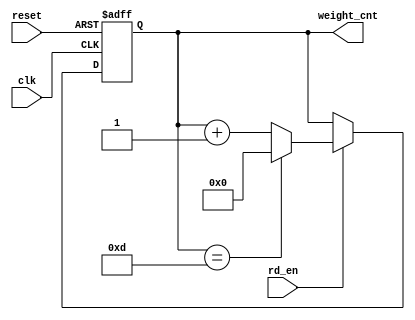
`timescale 1ns / 1ps
//////////////////////////////////////////////////////////////////////////////////
// Company: 
// Engineer: 
// 
// Design Name: 
// Module Name: Choose2_count
// Project Name: 
// Target Devices: 
// Tool Versions: 
// Description: 
// 
// Dependencies: 
// 
// Revision:
// Revision 0.01 - File Created
// Additional Comments:
// 
//////////////////////////////////////////////////////////////////////////////////


module Choose2_count(clk, reset, rd_en, weight_cnt );

parameter MEM_SIZE = 10;//memory size
parameter MEM_ADDR = 4;//memory address size
parameter OUTPUT_NUM = 14;

input clk, reset;
input rd_en;

output reg [MEM_ADDR-1:0] weight_cnt;

always @ (posedge clk or negedge reset)
begin
    if( !reset )
    begin
        weight_cnt <= 0;
    end
    else
    begin
        if(rd_en)
        begin
            if( weight_cnt == (OUTPUT_NUM-1) )
            begin
                weight_cnt <= 'b0;
            end
            else 
               weight_cnt <= weight_cnt + 1'b1;
        end
    end   
end
endmodule